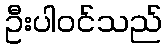
ဦးပါဝင်သည်